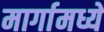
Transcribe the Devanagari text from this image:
मार्गामध्यें